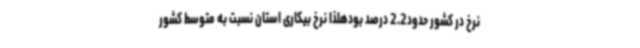
نرخ در کشور حدود2.2 درصد بودهلذا نرخ بیکاری استان نسبت به متوسط کشور